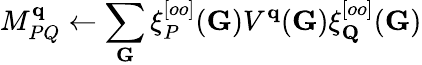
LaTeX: M_{PQ}^{\mathbf{q}}\leftarrow\sum_{\mathbf{G}}\xi_{P}^{[oo]}(\mathbf{G})V^{\mathbf{q}}(\mathbf{G})\xi_{\mathbf{Q}}^{[oo]}(\mathbf{G})